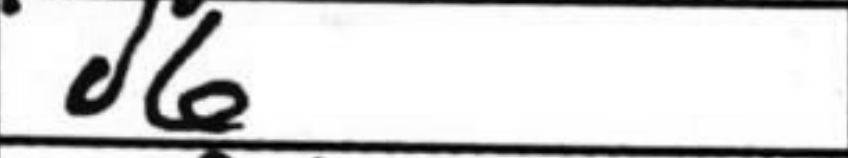
Transcription: d6